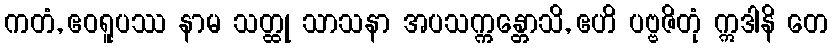
ကတံ, ဧဝရူပဿ နာမ သတ္ထု သာသနာ အပသက္ကန္တောသိ, ဧဟိ ပဗ္ဗဇိတုံ ဣဒါနိ တေ